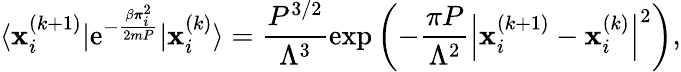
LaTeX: \langle\mathbf{x}_{i}^{(k+1)}|\mathrm{e}^{-\frac{\beta\boldsymbol{\pi}_{i}^{2}}{2mP}}|\mathbf{x}_{i}^{(k)}\rangle=\frac{P^{3/2}}{\Lambda^{3}}\exp\left(-\frac{\pi P}{\Lambda^{2}}\left|\mathbf{x}_{i}^{(k+1)}-\mathbf{x}_{i}^{(k)}\right|^{2}\right),